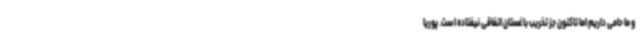
و ما حامی داریم اما تاکنون جز تخریب باغستان اتفاقی نیفتاده است. پوریا